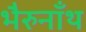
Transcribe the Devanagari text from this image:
भैरुनाँथ